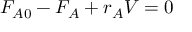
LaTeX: F _ { A 0 } - F _ { A } + r _ { A } V = 0